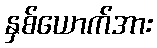
နှစ်ယောက်အား